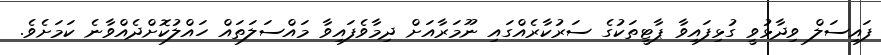
ފައިސަލް ވިދާޅުވީ ގުޅިފައިވާ ޕާޓީތަކުގެ ސަރުކާރެއްގައި ނޫމަރާއަށް ދިމާވެފައިވާ މައްސަލަތައް ހައްލުކޮށްދެއްވާނެ ކަމަށެވެ.